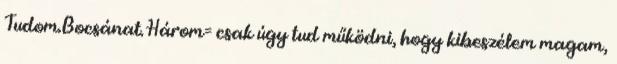
Tudom.Bocsánat. Három= csak úgy tud működni, hogy kibeszélem magam,